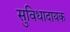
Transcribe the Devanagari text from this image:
सुविधादायक